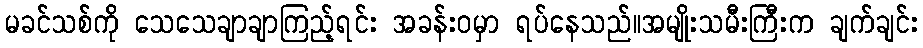
မခင်သစ်ကို သေသေချာချာကြည့်ရင်း အခန်းဝမှာ ရပ်နေသည်။အမျိုးသမီးကြီးက ချက်ချင်း